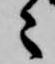
々